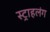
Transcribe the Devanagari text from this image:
स्‍ट्राहलंग